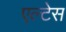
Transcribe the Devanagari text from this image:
एल्टेस